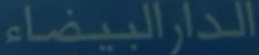
الدّار البيضاء